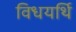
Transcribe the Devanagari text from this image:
विधयर्थि